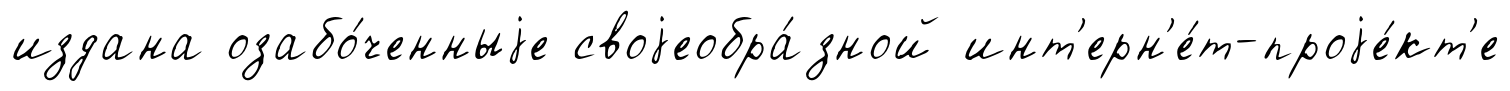
издана озабо́ченныjе своjеобра́зной инт'ерн'е́т-проjе́кт'е